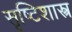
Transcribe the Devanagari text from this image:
सृष्टिशास्त्र